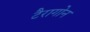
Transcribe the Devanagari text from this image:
टैरागोन